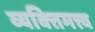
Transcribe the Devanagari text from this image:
व्यक्‍तिमत्त्व